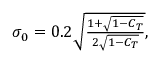
\begin{array} { r } { \sigma _ { 0 } = 0 . 2 \sqrt { \frac { 1 + \sqrt { 1 - C _ { T } } } { 2 \sqrt { 1 - C _ { T } } } } , } \end{array}